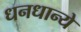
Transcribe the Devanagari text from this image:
धनधान्ये